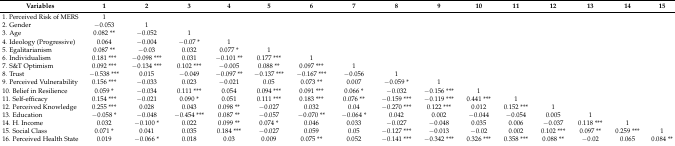
<table><thead><tr><td><b>Variables</b></td><td><b>1</b></td><td><b>2</b></td><td><b>3</b></td><td><b>4</b></td><td><b>5</b></td><td><b>6</b></td><td><b>7</b></td><td><b>8</b></td><td><b>9</b></td><td><b>10</b></td><td><b>11</b></td><td><b>12</b></td><td><b>13</b></td><td><b>14</b></td><td><b>15</b></td></tr></thead><tbody><tr><td>1. Perceived Risk of MERS</td><td>1</td><td></td><td></td><td></td><td></td><td></td><td></td><td></td><td></td><td></td><td></td><td></td><td></td><td></td><td></td></tr><tr><td>2. Gender</td><td>−0.053</td><td>1</td><td></td><td></td><td></td><td></td><td></td><td></td><td></td><td></td><td></td><td></td><td></td><td></td><td></td></tr><tr><td>3. Age</td><td>0.082 **</td><td>−0.052</td><td>1</td><td></td><td></td><td></td><td></td><td></td><td></td><td></td><td></td><td></td><td></td><td></td><td></td></tr><tr><td>4. Ideology (Progressive)</td><td>0.064</td><td>−0.004</td><td>−0.07 *</td><td>1</td><td></td><td></td><td></td><td></td><td></td><td></td><td></td><td></td><td></td><td></td><td></td></tr><tr><td>5. Egalitarianism</td><td>0.087 **</td><td>−0.03</td><td>0.032</td><td>0.077 *</td><td>1</td><td></td><td></td><td></td><td></td><td></td><td></td><td></td><td></td><td></td><td></td></tr><tr><td>6. Individualism</td><td>0.181 ***</td><td>−0.098 ***</td><td>0.031</td><td>−0.101 **</td><td>0.177 ***</td><td>1</td><td></td><td></td><td></td><td></td><td></td><td></td><td></td><td></td><td></td></tr><tr><td>7. S&amp;T Optimism</td><td>0.092 ***</td><td>−0.134 ***</td><td>0.102 ***</td><td>−0.005</td><td>0.088 **</td><td>0.097 ***</td><td>1</td><td></td><td></td><td></td><td></td><td></td><td></td><td></td><td></td></tr><tr><td>8. Trust</td><td>−0.538 ***</td><td>0.015</td><td>−0.049</td><td>−0.097 **</td><td>−0.137 ***</td><td>−0.167 ***</td><td>−0.056</td><td>1</td><td></td><td></td><td></td><td></td><td></td><td></td><td></td></tr><tr><td>9. Perceived Vulnerability</td><td>0.156 ***</td><td>−0.033</td><td>0.023</td><td>−0.021</td><td>0.05</td><td>0.073 **</td><td>0.007</td><td>−0.059 *</td><td>1</td><td></td><td></td><td></td><td></td><td></td><td></td></tr><tr><td>10. Belief in Resilience</td><td>0.059 *</td><td>−0.034</td><td>0.111 ***</td><td>0.054</td><td>0.094 ***</td><td>0.091 ***</td><td>0.066 *</td><td>−0.032</td><td>−0.156 ***</td><td>1</td><td></td><td></td><td></td><td></td><td></td></tr><tr><td>11. Self-efficacy</td><td>0.154 ***</td><td>−0.021</td><td>0.090 *</td><td>0.051</td><td>0.111 ***</td><td>0.183 ***</td><td>0.076 **</td><td>−0.159 ***</td><td>−0.119 ***</td><td>0.441 ***</td><td>1</td><td></td><td></td><td></td><td></td></tr><tr><td>12. Perceived Knowledge</td><td>0.255 ***</td><td>0.028</td><td>0.043</td><td>0.098 **</td><td>−0.027</td><td>0.032</td><td>0.04</td><td>−0.270 ***</td><td>0.122 ***</td><td>0.012</td><td>0.152 ***</td><td>1</td><td></td><td></td><td></td></tr><tr><td>13. Education </td><td>−0.058 *</td><td>−0.048</td><td>−0.454 ***</td><td>0.087 **</td><td>−0.057</td><td>−0.070 **</td><td>−0.064 *</td><td>0.042</td><td>0.002</td><td>−0.044</td><td>−0.054</td><td>0.005</td><td>1</td><td></td><td></td></tr><tr><td>14. H. Income</td><td>0.032</td><td>−0.100 *</td><td>0.022</td><td>0.099 **</td><td>0.074 *</td><td>0.046</td><td>0.033</td><td>−0.027</td><td>−0.048</td><td>0.035</td><td>0.006</td><td>−0.037</td><td>0.118 ***</td><td>1</td><td></td></tr><tr><td>15. Social Class</td><td>0.071 *</td><td>0.041</td><td>0.035</td><td>0.184 ***</td><td>−0.027</td><td>0.059</td><td>0.05</td><td>−0.127 ***</td><td>−0.013</td><td>−0.02</td><td>0.002</td><td>0.102 ***</td><td>0.097 **</td><td>0.259 ***</td><td>1</td></tr><tr><td>16. Perceived Health State</td><td>0.019</td><td>−0.066 *</td><td>0.018</td><td>0.03</td><td>0.009</td><td>0.075 **</td><td>0.052</td><td>−0.141 ***</td><td>−0.342 ***</td><td>0.326 ***</td><td>0.358 ***</td><td>0.088 **</td><td>−0.02</td><td>0.065</td><td>0.084 **</td></tr></tbody></table>